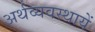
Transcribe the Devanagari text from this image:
अर्थव्यवस्थायें